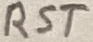
Text: RST